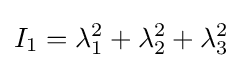
I_{1}=\lambda _{1}^{2}+\lambda _{2}^{2}+\lambda _{3}^{2}